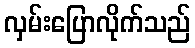
လှမ်းပြောလိုက်သည်